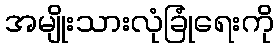
အမျိုးသားလုံခြုံရေးကို